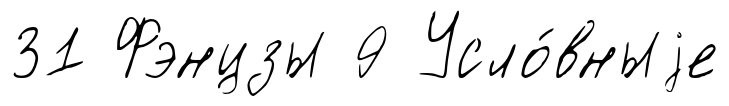
31 Фэнцзы 9 Усло́вныjе